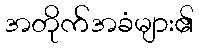
အတိုက်အခံများ၏